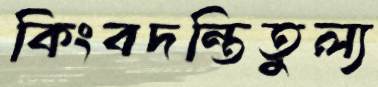
কিংবদন্তিতুল্য